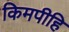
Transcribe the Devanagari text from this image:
किमपीहि